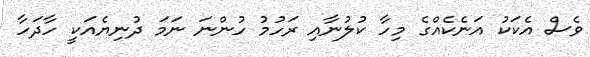
ވެސް އެކަކު އަނެކެއްގެ މިހާ ކުލުނާއި ރަހުމު ހުންނަ ނަމަ ދުނިޔެއަކީ ހާދަހާ